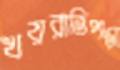
খয়রাতিপাড়া